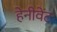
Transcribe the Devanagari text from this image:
हेनीवेंट